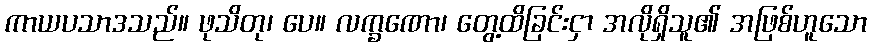
ကာယပသာဒသည်။ ဖုသိတု၊ ပေ။ လက္ခဏော၊ တွေ့ထိခြင်းငှာ အလိုရှိသူ၏ အဖြစ်ဟူသော